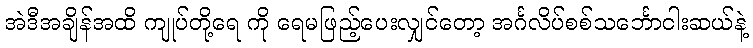
အဲဒီအချိန်အထိ ကျုပ်တို့ရေ ကို ရေမဖြည့်ပေးလျှင်တော့ အင်္ဂလိပ်စစ်သင်္ဘောငါးဆယ်နဲ့